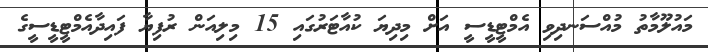
މައުލޫމާތު މުއްސަނދިވި އެމްޓީޑީސީ އަށް މިދިޔަ ކުއާޓަރުގައި 15 މިލިއަން ރުފިޔާ ފައިދާއެމްޓީޑީސީގެ